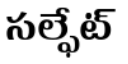
సల్ఫేట్